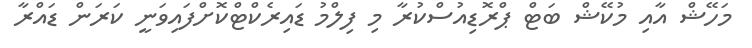
މަހޭޝް އާއި މުކޭޝް ބަޓް ޕްރޮޑިއުސްކުރާ މި ފިލްމު ޑައިރެކްޓްކޮށްފައިވަނީ ކަރަން ޑައްރާ